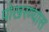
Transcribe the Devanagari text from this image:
पोखरण्यास